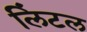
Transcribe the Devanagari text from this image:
लिंटल